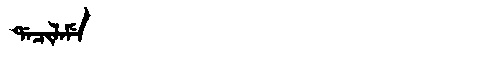
Manchu: ᡩᠠᠴᡳᠯᠠᠮᡝ
Romanization: DACILAME